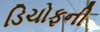
ડિચોફની